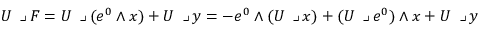
U \mathbin { \lrcorner } F = U \mathbin { \lrcorner } ( e ^ { 0 } \wedge x ) + U \mathbin { \lrcorner } y = - e ^ { 0 } \wedge ( U \mathbin { \lrcorner } x ) + ( U \mathbin { \lrcorner } e ^ { 0 } ) \wedge x + U \mathbin { \lrcorner } y